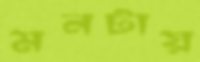
মনটায়